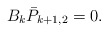
\begin{align*} B_k\bar{P}_{k+1,2}=0.\end{align*}